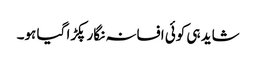
شاید ہی کوئی افسانہ نگار پکڑا گیا ہو۔